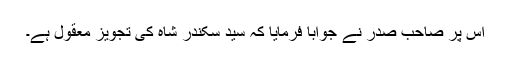
اس پر صاحبِ صدر نے جواباً فرمایا کہ سید سکندر شاہ کی تجویز معقول ہے۔